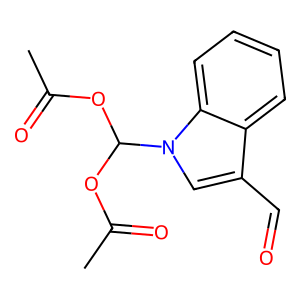
SMILES: CC(=O)OC(OC(C)=O)n1cc(C=O)c2ccccc21
Inhibits HIV replication: No